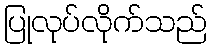
ပြုလုပ်လိုက်သည်